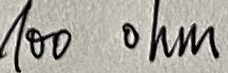
Text: 100 ohm